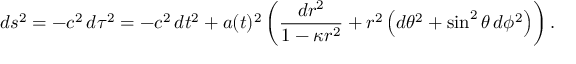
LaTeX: d s ^ { 2 } = - c ^ { 2 } \, d \tau ^ { 2 } = - c ^ { 2 } \, d t ^ { 2 } + a ( t ) ^ { 2 } \left( { \frac { d r ^ { 2 } } { 1 - \kappa r ^ { 2 } } } + r ^ { 2 } \left( d \theta ^ { 2 } + \sin ^ { 2 } \theta \, d \phi ^ { 2 } \right) \right) .